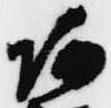
阿